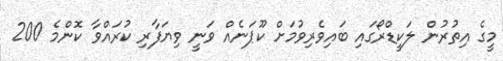
މީގެ އިތުރުން ލަކީޑްރޯގައި ބައިވެރިވުމަށް ކޫޕަނެއް ވަނީ ވިޔަފާރި ކުރައްވާ ކޮންމެ 200